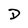
Character: D